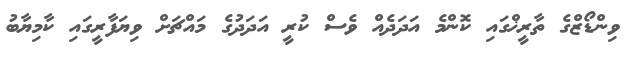
ވިންޑޯޒްގެ ތާރީޚްގައި ކޮންމެ އަދަދެއް ވެސް ކުރީ އަދަދުގެ މައްޗަށް ވިޔަފާރީގައި ކާމިޔާބު